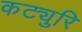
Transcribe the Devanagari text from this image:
कट्युरि